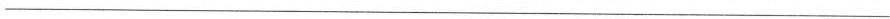
___